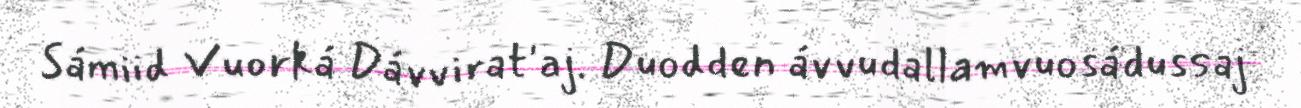
Sámiid Vuorká Dávvirat'aj. Duodden ávvudallamvuosádussaj